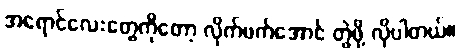
အရောင်လေးတွေကိုတော့ လိုက်ဖက်အောင် တွဲဖို့ လိုပါတယ်။